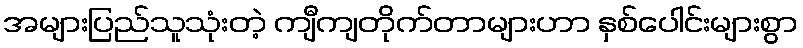
အများပြည်သူသုံးတဲ့ ကျီကျတိုက်တာများဟာ နှစ်ပေါင်းများစွာ